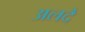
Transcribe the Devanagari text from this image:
अलदै